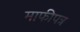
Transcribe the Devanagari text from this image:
माफीपत्र